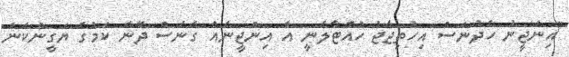
"އިންޖީނު ހެދުނަސް އިހުތިޖާޖު ހުއްޓާލާނީ އާ އިންޖީނެއް ގެނެސް ދޭނެ ކަމުގެ ޔަގީންކަން